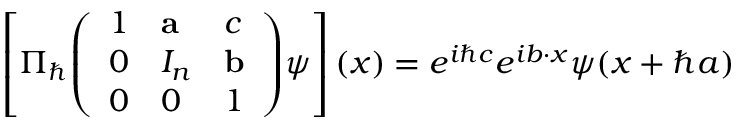
\left[ \Pi _ { \hbar } { \left( \begin{array} { l l l } { 1 } & { \mathbf { a } } & { c } \\ { 0 } & { I _ { n } } & { \mathbf { b } } \\ { 0 } & { 0 } & { 1 } \end{array} \right) } \psi \right] ( x ) = e ^ { i \hbar c } e ^ { i b \cdot x } \psi ( x + \hbar a )